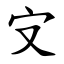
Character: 㝊